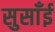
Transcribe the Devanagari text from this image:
सुसाँई